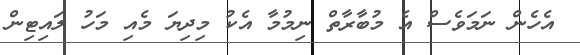
އެހެން ނަމަވެސް އެ މުބާރާތް ނިމުމާ އެކު މިދިޔަ މެއި މަހު ލައިޓިން